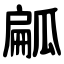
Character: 㼐